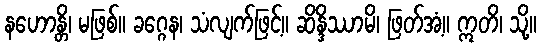
နဟောန္တိ၊ မဖြစ်။ ခဂ္ဂေန၊ သံလျက်ဖြင့်။ ဆိန္ဒိဿာမိ၊ ဖြတ်အံ့။ ဣတိ၊ သို့။